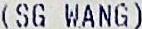
(SG WANG)